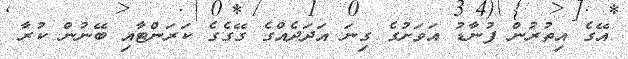
އޭގެ އިތުރުން ފުނާޑު އަވަށުގެ ގިނަ އަދަދެއްގެ ގޭގެގެ ކަރަންޓާއި ބޭނުން ކުރާ